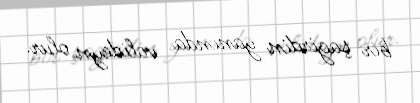
bir şagirdin yanında valideyn olur.